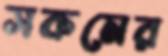
সকমের